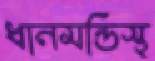
ধানমন্ডিস্থ